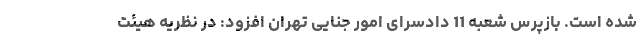
شده است. بازپرس شعبه 11 دادسرای امور جنایی تهران افزود: در نظریه هیئت